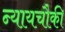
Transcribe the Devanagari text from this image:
न्यायचौकी